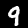
Label: 9